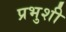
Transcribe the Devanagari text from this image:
प्रभुशी